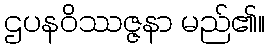
ဌပနဝိဿဇ္ဇနာ မည်၏။